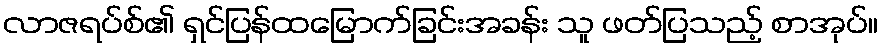
လာဇရပ်စ်၏ ရှင်ပြန်ထမြောက်ခြင်းအခန်း သူ ဖတ်ပြသည့် စာအုပ်။